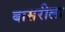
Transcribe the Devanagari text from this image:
बासरीला